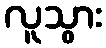
လူသွား